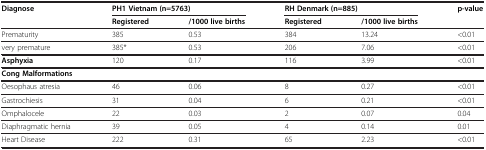
<table><thead><tr><td><b>Diagnose</b></td><td colspan="2"><b>PH1 Vietnam (n=5763)</b></td><td colspan="2"><b>RH Denmark (n=885)</b></td><td><b>p-value</b></td></tr><tr><td><b> </b></td><td><b>Registered</b></td><td><b>/1000 live births</b></td><td><b>Registered</b></td><td><b>/1000 live births</b></td><td><b> </b></td></tr></thead><tbody><tr><td>Prematurity</td><td>385</td><td>0.53</td><td>384</td><td>13.24</td><td>&lt;0.01</td></tr><tr><td>very premature</td><td>385*</td><td>0.53</td><td>206</td><td>7.06</td><td>&lt;0.01</td></tr><tr><td><b>Asphyxia</b></td><td>120</td><td>0.17</td><td>116</td><td>3.99</td><td>&lt;0.01</td></tr><tr><td><b>Cong Malformations</b></td><td> </td><td> </td><td> </td><td> </td><td> </td></tr><tr><td>Oesophaus atresia</td><td>46</td><td>0.06</td><td>8</td><td>0.27</td><td>&lt;0.01</td></tr><tr><td>Gastrochiesis</td><td>31</td><td>0.04</td><td>6</td><td>0.21</td><td>&lt;0.01</td></tr><tr><td>Omphalocele</td><td>22</td><td>0.03</td><td>2</td><td>0.07</td><td>0.04</td></tr><tr><td>Diaphragmatic hernia</td><td>39</td><td>0.05</td><td>4</td><td>0.14</td><td>0.01</td></tr><tr><td>Heart Disease</td><td>222</td><td>0.31</td><td>65</td><td>2.23</td><td>&lt;0.01</td></tr></tbody></table>